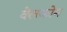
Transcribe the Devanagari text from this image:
वेलकोम